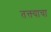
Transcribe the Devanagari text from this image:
तक्त्याचा